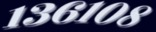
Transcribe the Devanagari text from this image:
१३६१०८